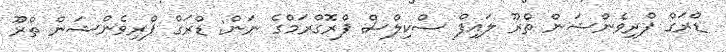
ޑްރަގް ޕްރިވެންޝަން ތްރޫ ލައިފް ސްކިލްސް ޕްރޮގްރަމްގެ ނަން: ޑްރަގް ޕްރިވެންޝަން ތްރޫ